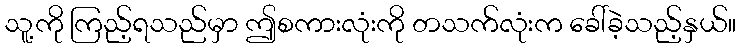
သူ့ကို ကြည့်ရသည်မှာ ဤစကားလုံးကို တသက်လုံးက ခေါ်ခဲ့သည့်နှယ်။